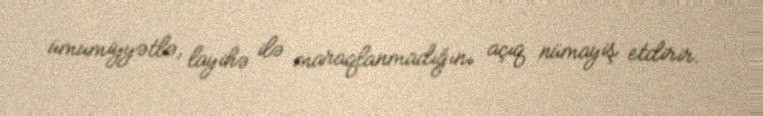
ümumiyyətlə, layihə ilə maraqlanmadığını açıq nümayiş etdirir.